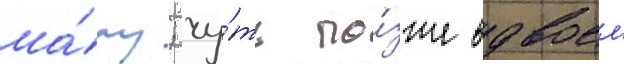
ма́му; чу́ть по́зже вдвоем